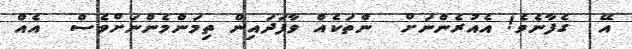
އޭ  ގެފާނެވެ! އެއުރެންނަށް  ންތަކެއް ވާފަދައިން ތިމަންމެންނަށްވެސް  އެއް